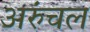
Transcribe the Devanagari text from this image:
अरुंचल